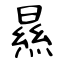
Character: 㬎